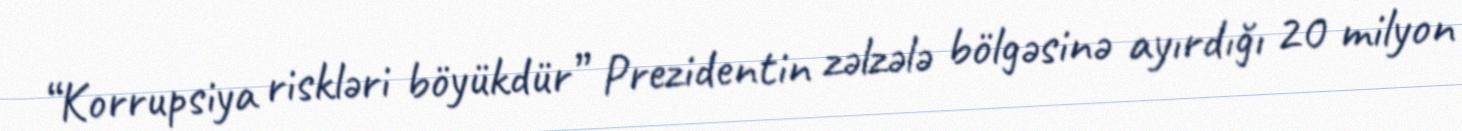
“Korrupsiya riskləri böyükdür” Prezidentin zəlzələ bölgəsinə ayırdığı 20 milyon